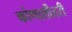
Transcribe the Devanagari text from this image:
कोणाशीतरी